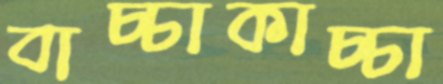
বাচ্চাকাচ্চা